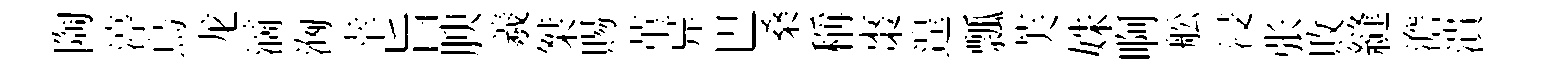
陶渟烏龙滴洶幸旨腴羲桀賜堇异巴桑稱棗遑瓢芙姝啊舩浸张敗縫澹潰